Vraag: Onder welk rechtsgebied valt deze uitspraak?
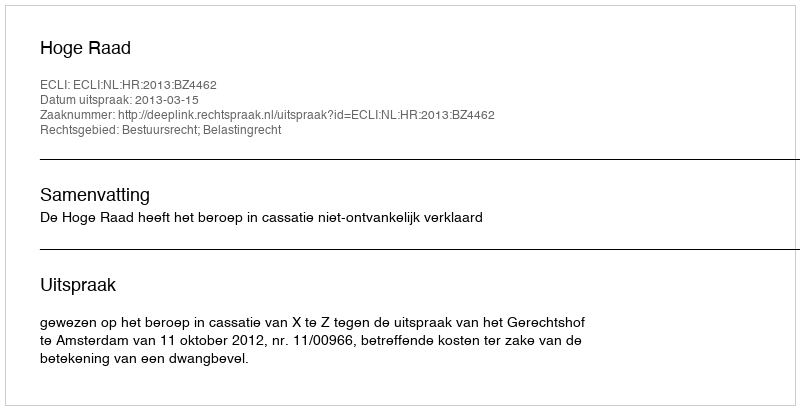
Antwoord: Bestuursrecht; Belastingrecht